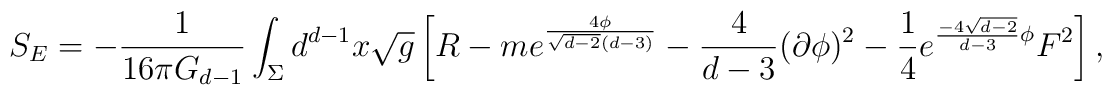
S_{E} = - \frac{1}{16\pi G_{d-1}} \int_{\Sigma} d^{d-1}x \sqrt{g} \left[ R -m e^{\frac{4\phi}{\sqrt{d-2}(d-3)}} - \frac{4}{d-3}(\partial\phi)^2 - \frac{1}{4}e^{\frac{-4\sqrt{d-2}}{d-3} \phi}F^2 \right],